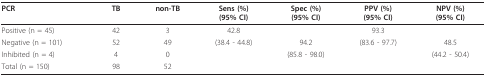
<table><thead><tr><td><b>PCR</b></td><td><b>TB</b></td><td><b>non-TB</b></td><td><b>Sens (%)(95% CI)</b></td><td><b>Spec (%)(95% CI)</b></td><td><b>PPV (%)(95% CI)</b></td><td><b>NPV (%)(95% CI)</b></td></tr></thead><tbody><tr><td>Positive (n = 45)</td><td>42</td><td>3</td><td>42.8</td><td></td><td>93.3</td><td></td></tr><tr><td>Negative (n = 101)</td><td>52</td><td>49</td><td>(38.4 - 44.8)</td><td>94.2</td><td>(83.6 - 97.7)</td><td>48.5</td></tr><tr><td>Inhibited (n = 4)</td><td>4</td><td>0</td><td></td><td>(85.8 - 98.0)</td><td></td><td>(44.2 - 50.4)</td></tr><tr><td>Total (n = 150)</td><td>98</td><td>52</td><td></td><td></td><td></td><td></td></tr></tbody></table>